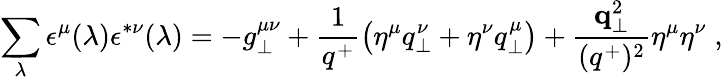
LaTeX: \sum_{\lambda}\epsilon^{\mu}(\lambda)\epsilon^{*\nu}(\lambda)=-g_{\perp}^{\mu\nu}+{\frac{1}{q^{+}}}\bigl(\eta^{\mu}q_{\perp}^{\nu}+\eta^{\nu}q_{\perp}^{\mu}\bigr)+{\frac{{\mathbf q}_{\perp}^{2}}{(q^{+})^{2}}}\eta^{\mu}\eta^{\nu}\; ,